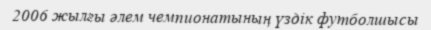
2006 жылғы әлем чемпионатының үздік футболшысы